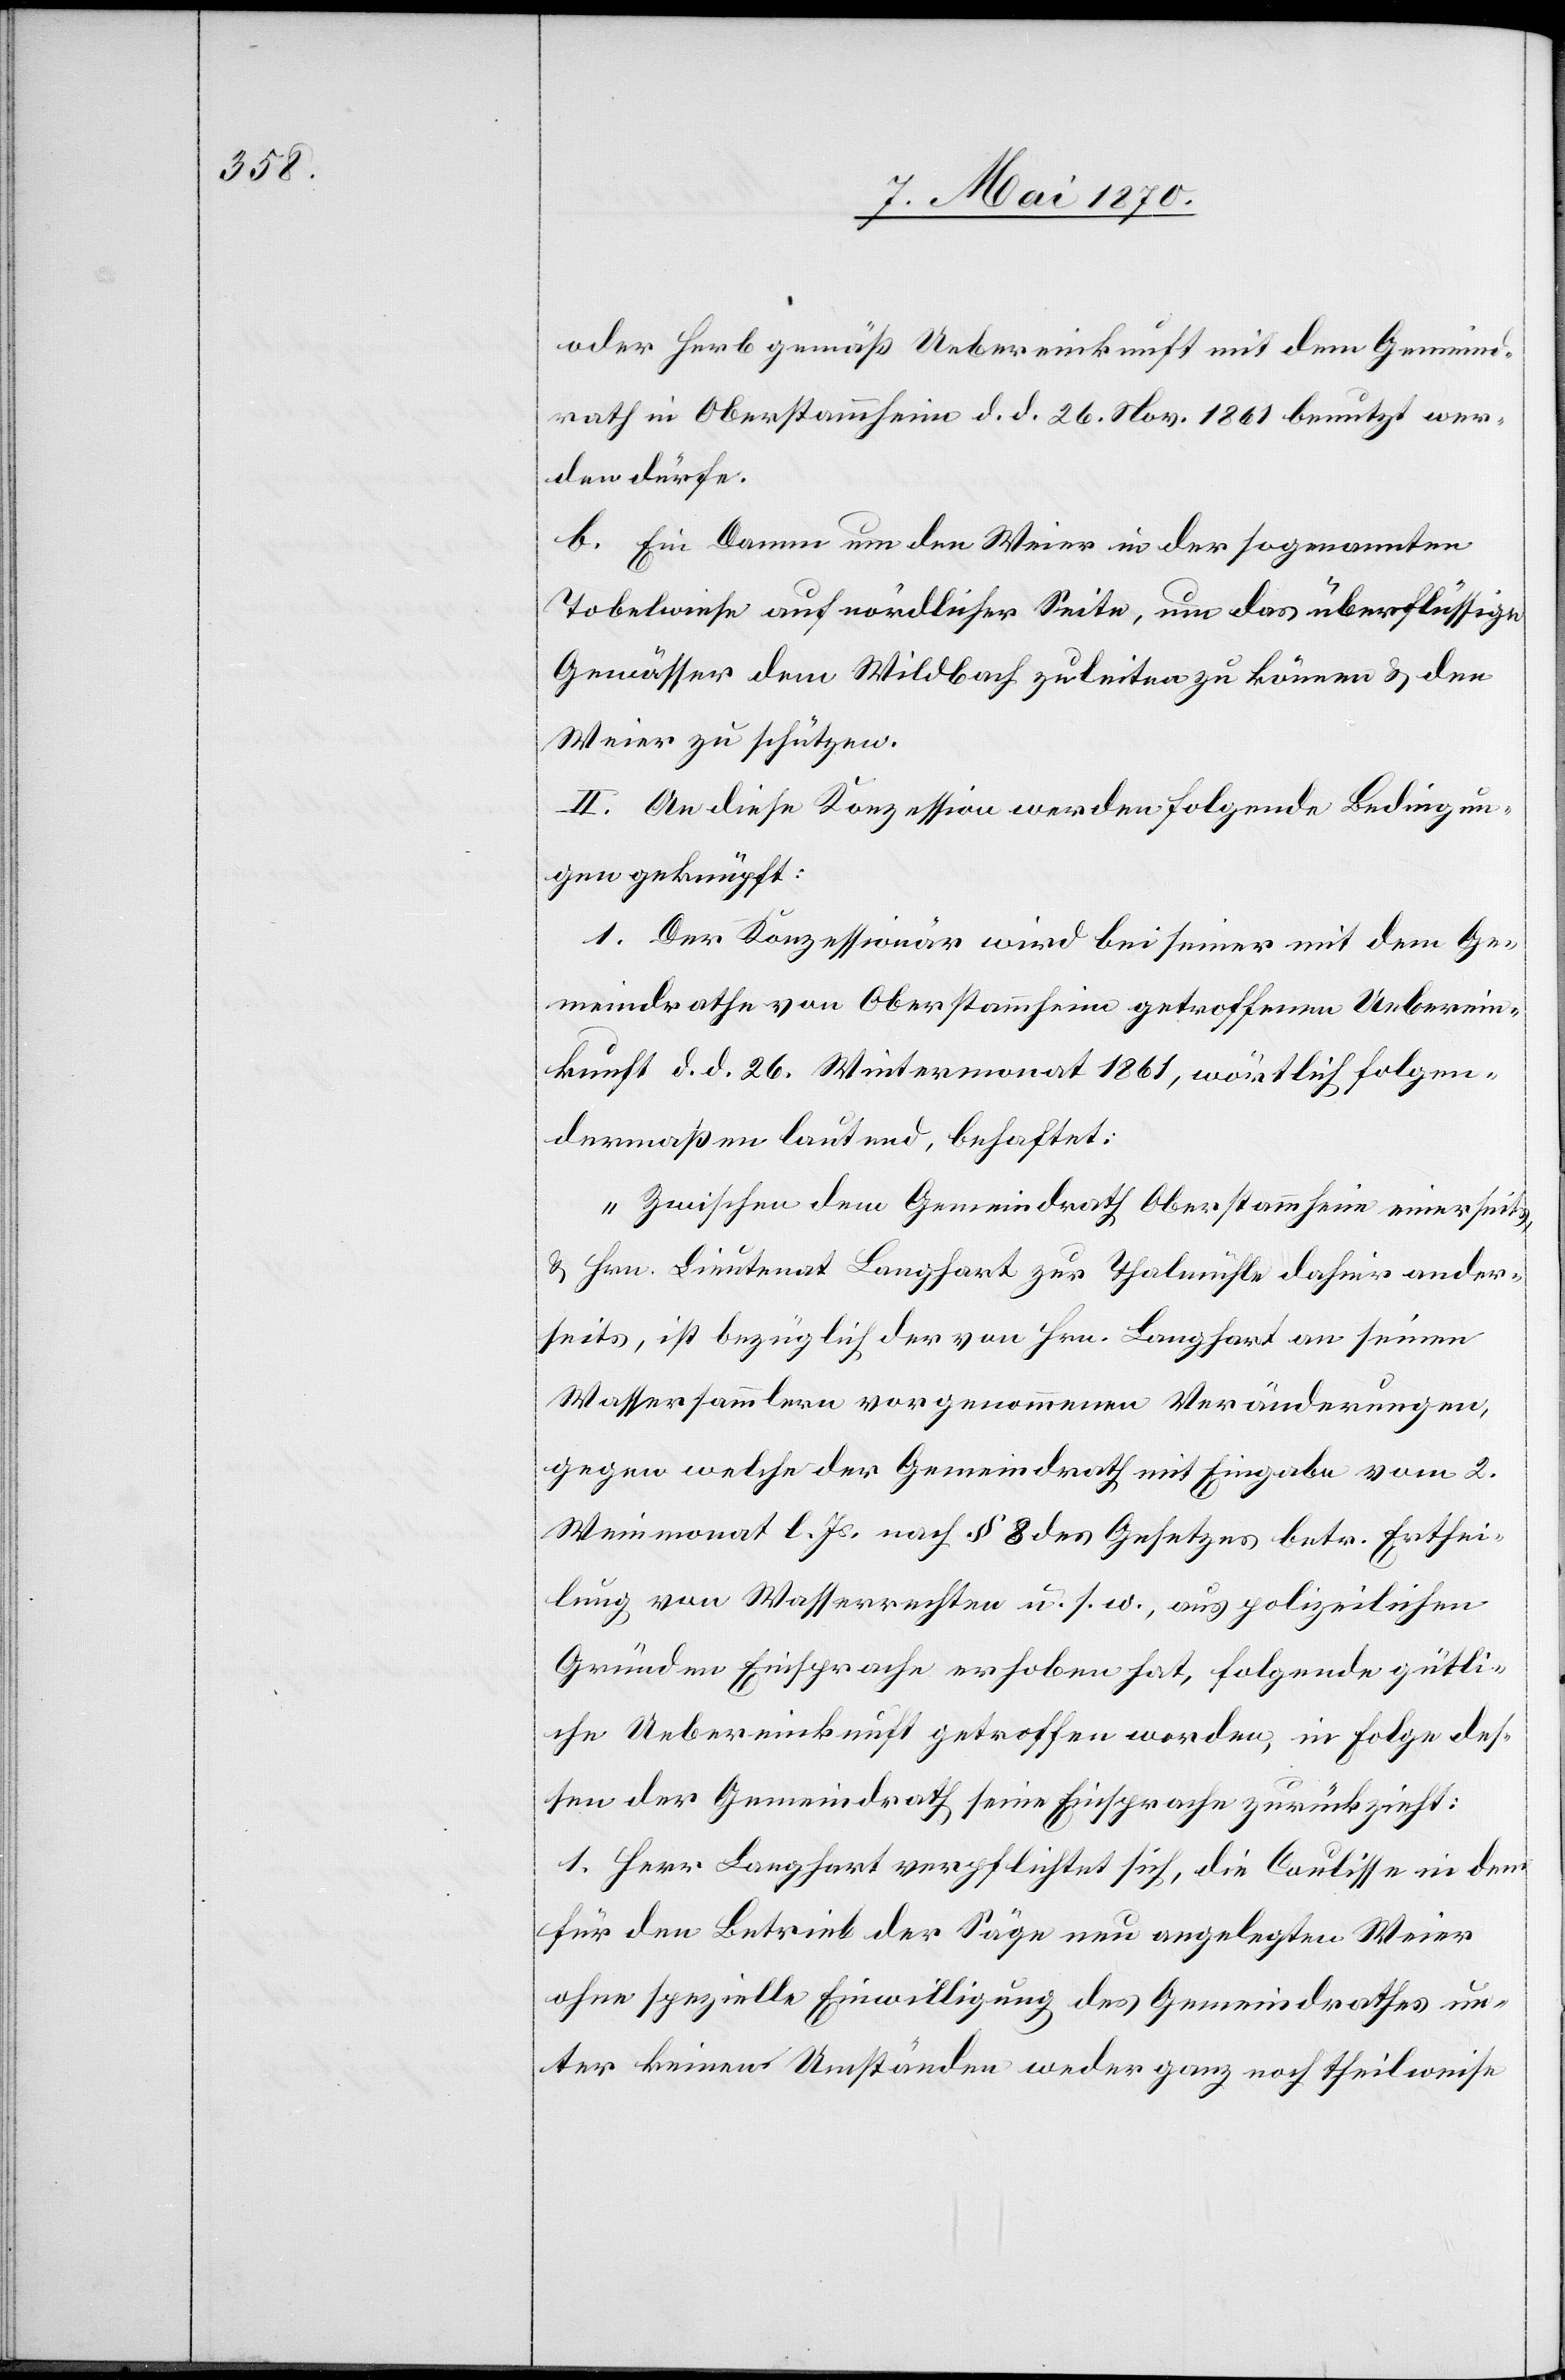
oder Herb[st] gemäß Uebereinkunft mit dem Gemeind¬
rath in Oberstammheim d. d. 26. Nov. 1861 benutzt wer¬
den dürfe.
b. Ein Damm um den Weier in der sogenannten
Tobelwiese auf nördlicher Seite, um das überflüssige
Gewässer dem Wildbach zuleiten zu können & den
Weier zu schützen.
II. An diese Konzession werden folgende Bedingun¬
gen geknüpft:
1. Der Konzessionär wird bei seiner mit dem Ge¬
meindrathe von Oberstammheim getroffenen Ueberein¬
kunft d. d. 26. Wintermonat 1861, wörtlich folgen¬
dermaßen lautend, behaftet:
„Zwischen dem Gemeindrath Oberstammheim einerseits,
& Hrn. Lieutenant Langhart zur Thalmühle dahier ander¬
seits, ist bezüglich der von Hrn. Langhart an seinem
Wassersammler vorgenommenen Veränderungen,
gegen welche der Gemeindrath mit Eingabe vom 2.
Weinmonat l. Js. nach § 8 des Gesetzes betr. Erthei¬
lung von Wasserrechten u. s. w., aus polizeilichen
Gründen Einsprache erhoben hat, folgende gütli¬
che Uebereinkunft getroffen worden, in Folge des¬
sen der Gemeindrath seine Einsprache zurückzieht:
1. Herr Langhart verpflichtet sich, die Coulisse in dem
für den Betrieb der Säge neu angelegten Weier
ohne spezielle Einwilligung des Gemeindrathes un¬
ter keinen Umständen weder ganz noch theilweise